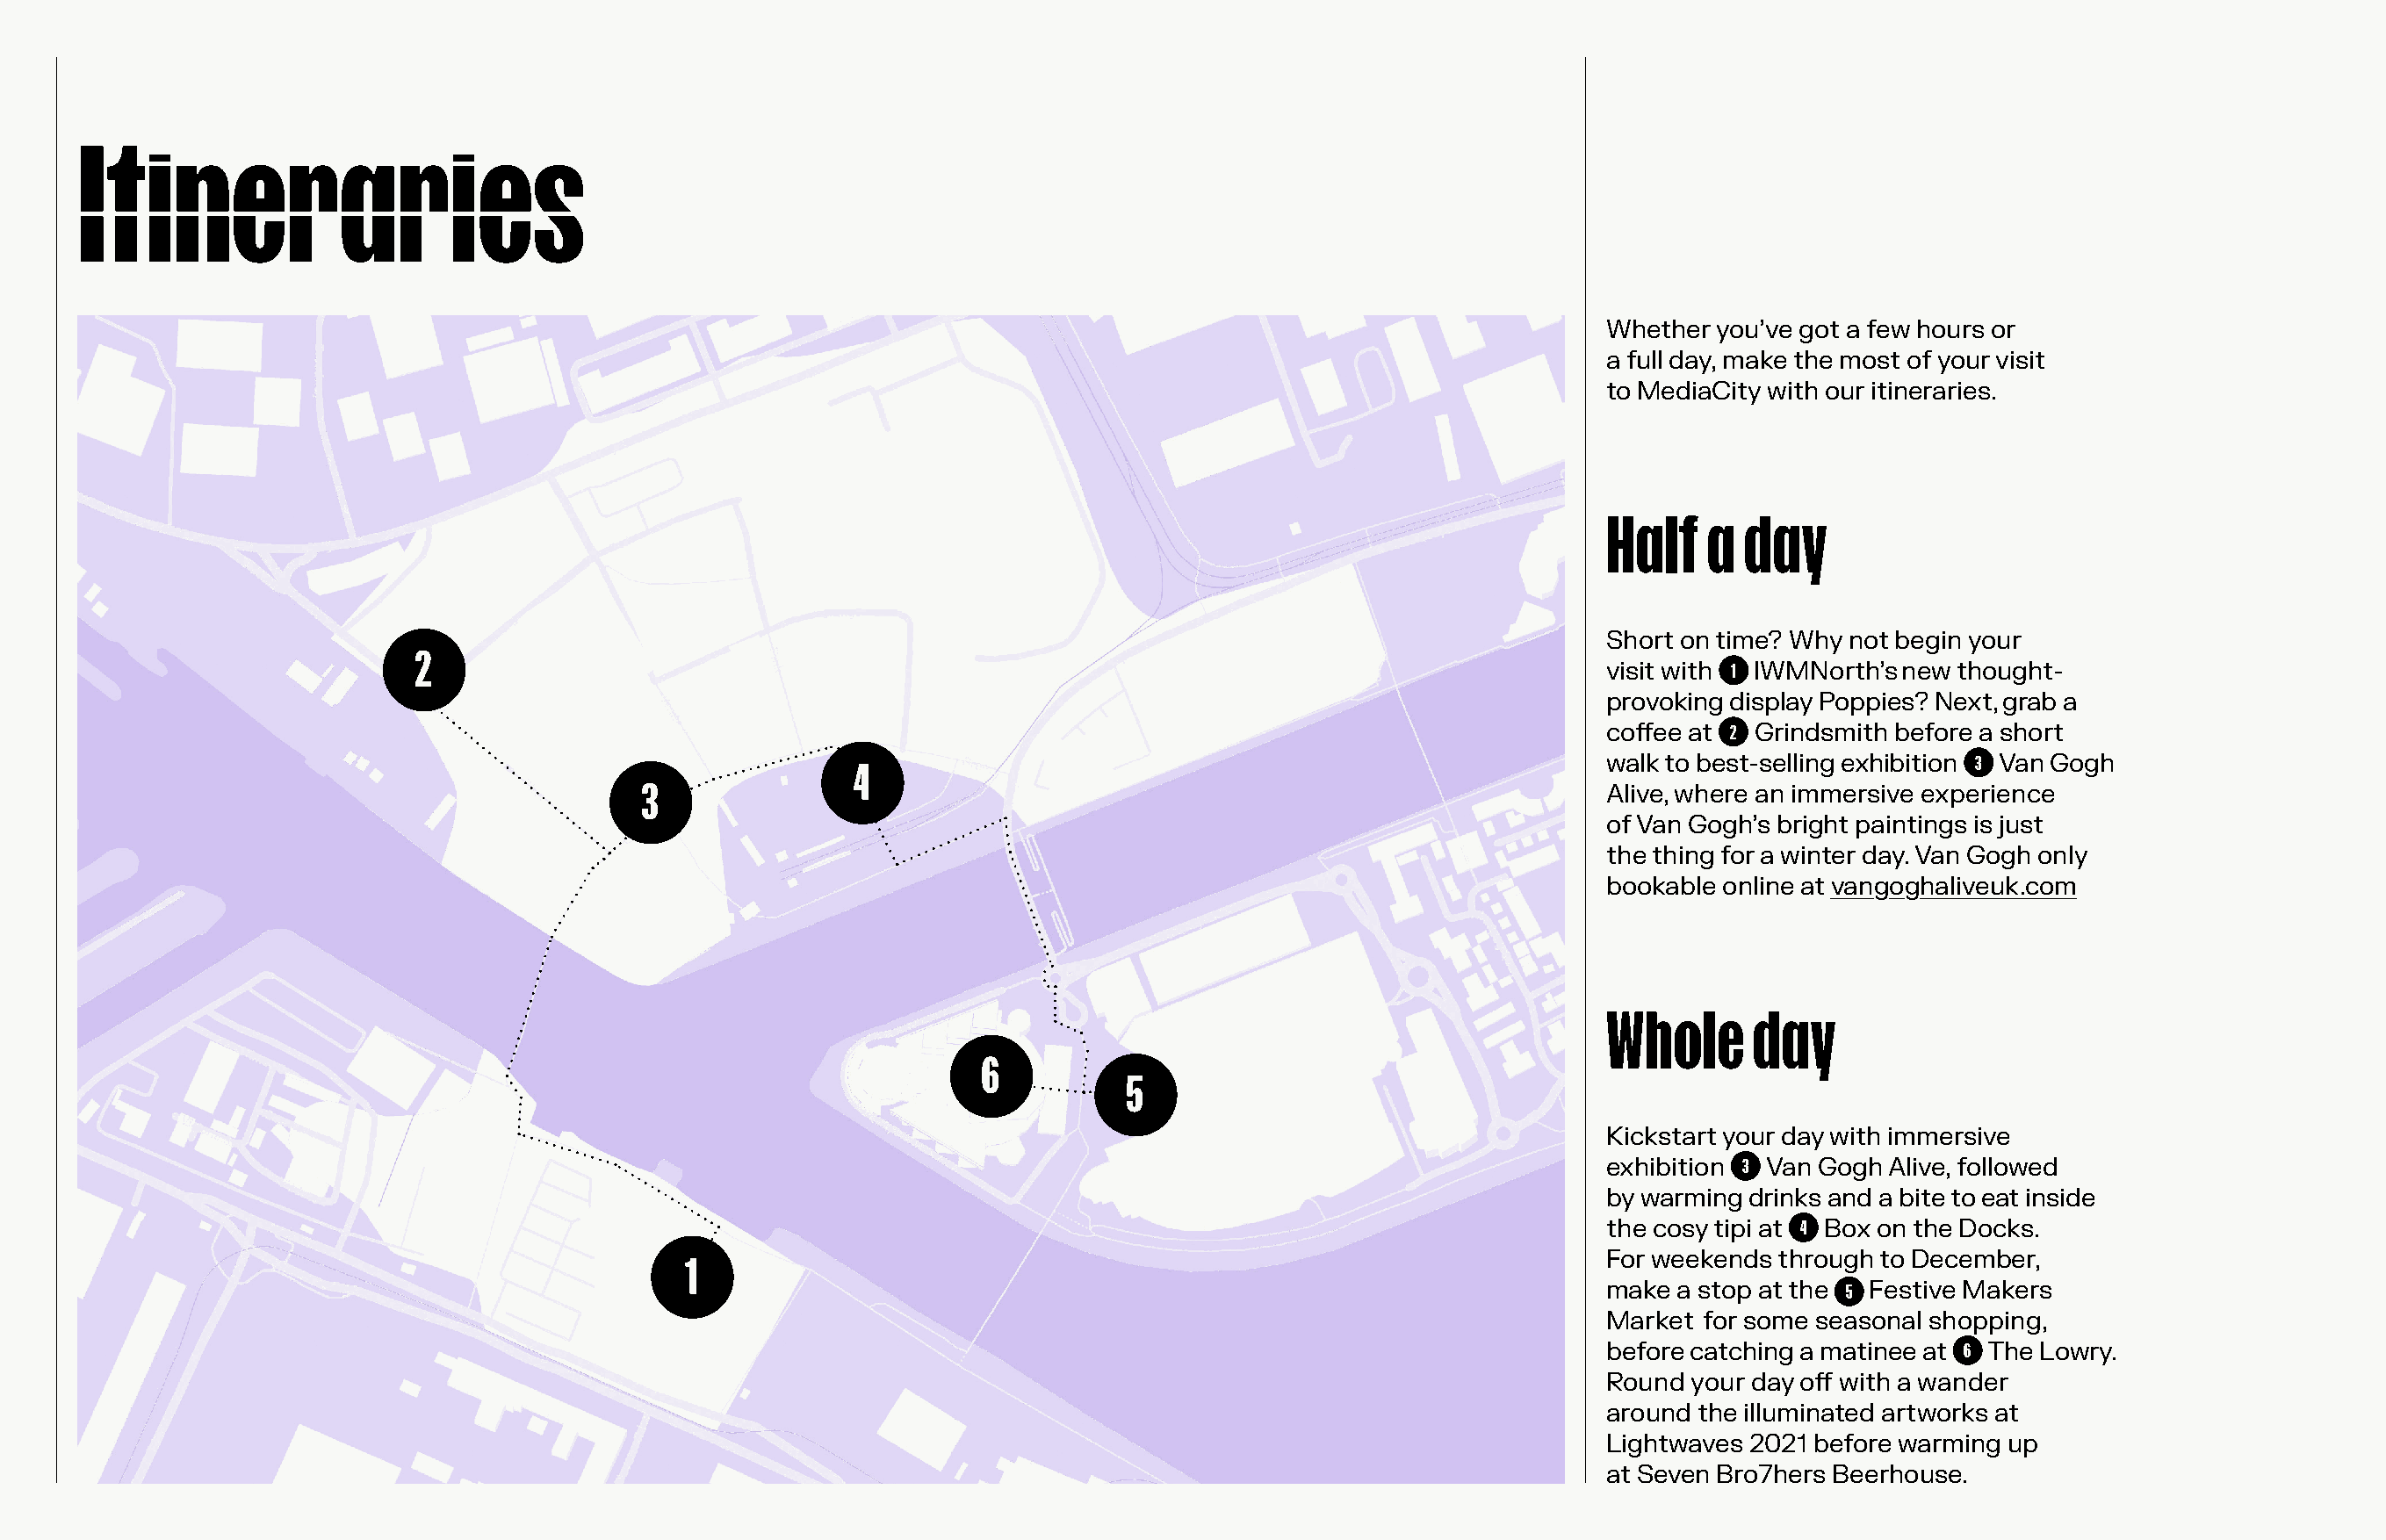
Itineraries
 Whether you’ve got a few hours or
 a full day, make the most of your visit
 to MediaCity with our itineraries.
 Half    a day
 Short on time? Why not begin your
 2
 visit with 1 IWMNorth’s new thought-
 provoking display Poppies? Next, grab a
 coffee at 2 Grindsmith before a short
 4                                                        walk to best-selling exhibition 3 Van Gogh
 3
 Alive, where an immersive experience
 of Van Gogh’s bright paintings is just
 the thing for a winter day. Van Gogh only
 bookable online at vangoghaliveuk.com
 Whole      day
 6
 5
 Kickstart your day with immersive
 exhibition 3 Van Gogh Alive, followed
 by warming drinks and a bite to eat inside
 the cosy tipi at 4 Box on the Docks.
 1                                                                    For weekends through to December,
 make a stop at the 5 Festive Makers
 Market for some seasonal shopping,
 before catching a matinee at 6 The Lowry.
 Round your day off with a wander
 around the illuminated artworks at
 Lightwaves 2021 before warming up
 at Seven Bro7hers Beerhouse.